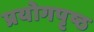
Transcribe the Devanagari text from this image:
प्रयोगपृष्ठ